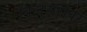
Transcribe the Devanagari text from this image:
बिन्दुसरोवर